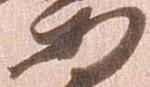
安